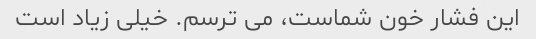
این فشار خون شماست، می ترسم. خیلی زیاد است